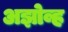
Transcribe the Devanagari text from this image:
अझोव्ह